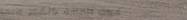
أدوات العناية بالشعر والص